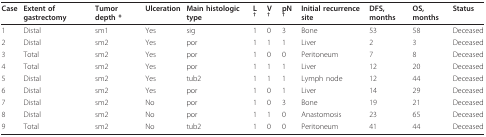
<table><thead><tr><td><b>Case</b></td><td><b>Extent of gastrectomy</b></td><td><b>Tumor depth *</b></td><td><b>Ulceration</b></td><td><b>Main histologic type</b></td><td><b>L <sup>†</sup></b></td><td><b>V <sup>†</sup></b></td><td><b>pN <sup>†</sup></b></td><td><b>Initial recurrence site</b></td><td><b>DFS, months</b></td><td><b>OS, months</b></td><td><b>Status</b></td></tr></thead><tbody><tr><td>1</td><td>Distal</td><td>sm1</td><td>Yes</td><td>sig</td><td>1</td><td>0</td><td>3</td><td>Bone</td><td>53</td><td>58</td><td>Deceased</td></tr><tr><td>2</td><td>Distal</td><td>sm2</td><td>Yes</td><td>por</td><td>1</td><td>1</td><td>1</td><td>Liver</td><td>2</td><td>3</td><td>Deceased</td></tr><tr><td>3</td><td>Total</td><td>sm2</td><td>Yes</td><td>por</td><td>1</td><td>0</td><td>0</td><td>Peritoneum</td><td>7</td><td>8</td><td>Deceased</td></tr><tr><td>4</td><td>Total</td><td>sm2</td><td>Yes</td><td>por</td><td>1</td><td>1</td><td>1</td><td>Liver</td><td>12</td><td>20</td><td>Deceased</td></tr><tr><td>5</td><td>Distal</td><td>sm2</td><td>Yes</td><td>tub2</td><td>1</td><td>1</td><td>1</td><td>Lymph node</td><td>12</td><td>44</td><td>Deceased</td></tr><tr><td>6</td><td>Distal</td><td>sm2</td><td>Yes</td><td>por</td><td>1</td><td>0</td><td>1</td><td>Liver</td><td>14</td><td>29</td><td>Deceased</td></tr><tr><td>7</td><td>Distal</td><td>sm2</td><td>No</td><td>por</td><td>1</td><td>0</td><td>3</td><td>Bone</td><td>19</td><td>21</td><td>Deceased</td></tr><tr><td>8</td><td>Distal</td><td>sm2</td><td>No</td><td>por</td><td>1</td><td>1</td><td>0</td><td>Anastomosis</td><td>23</td><td>65</td><td>Deceased</td></tr><tr><td>9</td><td>Total</td><td>sm2</td><td>No</td><td>tub2</td><td>1</td><td>0</td><td>0</td><td>Peritoneum</td><td>41</td><td>44</td><td>Deceased</td></tr></tbody></table>